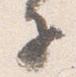
子